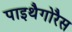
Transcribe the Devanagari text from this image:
पाइथैगोरैस